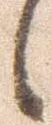
候